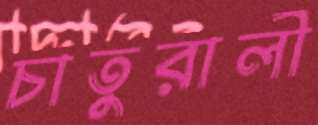
চাতুরালী